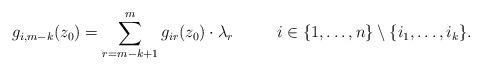
LaTeX: \begin{align*}g_{i,m-k}(z_0)=\sum_{r=m-k+1}^mg_{ir}(z_0)\cdot\lambda_{r}\qquad\ \ i\in\{1,\hdots,n\}\setminus\{i_1,\hdots,i_k\}.\end{align*}